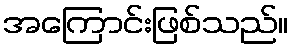
အကြောင်းဖြစ်သည်။